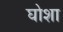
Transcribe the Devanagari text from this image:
घोशा